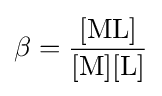
\beta =\mathrm {\frac {[ML]}{[M][L]}}